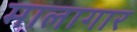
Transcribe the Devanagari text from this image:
मालागार